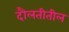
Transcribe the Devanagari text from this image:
दौलतीतील